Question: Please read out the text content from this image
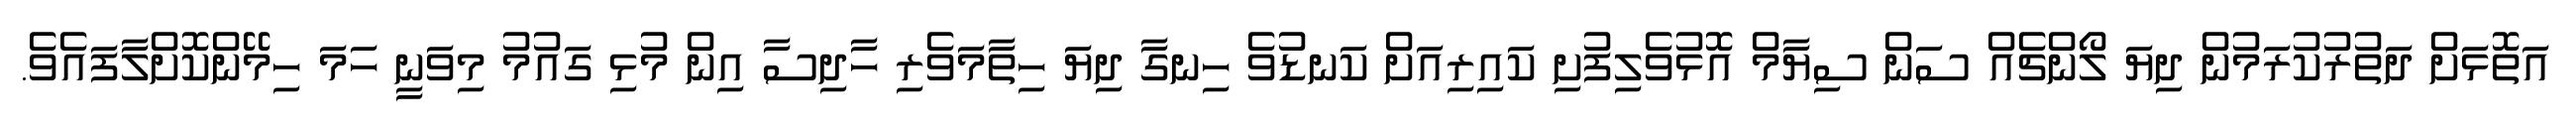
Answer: އަތޮޅަށް ދަތުރުކުރަމުން ދިޔަ ލޯންޗެއް ސަން ސިޔާމް އޮޅުވެލިފުށި ކައިރިއަށް ކަނޑުވެ ހިނގާ ދިޔަ ހިތާމަވެރި ހާދިސާ އިން މުޅި ގައުމު މިވަނީ ހަމަ ހިމޭންކޮށްލާފައެވެ.